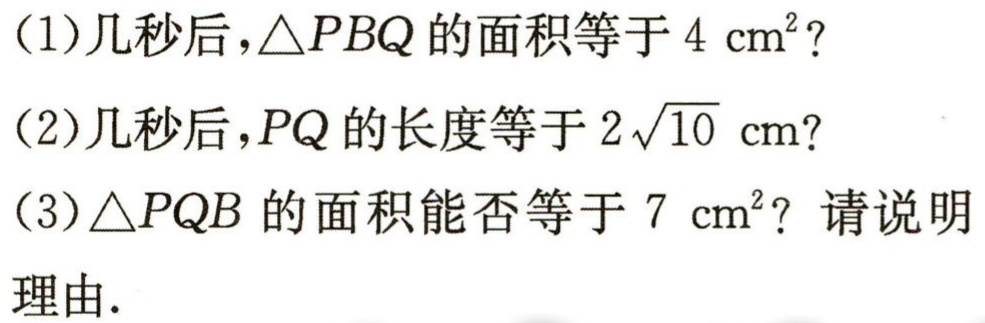
(1)几秒后，\(\triangle PBQ\)的面积等于\(4\mathrm{cm}^{2}\)？
(2)几秒后，\(PQ\)的长度等于\(2\sqrt{10}\mathrm{cm}\)？
(3)\(\triangle PQB\)的面积能否等于\(7\mathrm{cm}^{2}\)？请说明
理由.